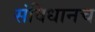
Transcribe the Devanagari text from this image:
संविधानच